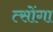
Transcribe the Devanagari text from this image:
त्सोंगा